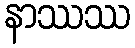
နာဿဿ